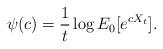
LaTeX: \begin{align*}\psi(c)=\frac{1}{t}\log E_0[e^{cX_t}]. \end{align*}